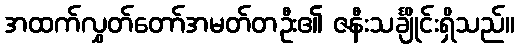
အထက်လွှတ်တော်အမတ်တဦး၏ ဇနီးသင်္ချိုင်းရှိသည်။